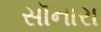
સૉનારા